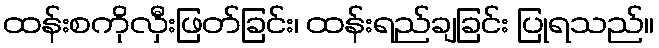
ထန်းစကိုလှီးဖြတ်ခြင်း၊ ထန်းရည်ချခြင်း ပြုရသည်။